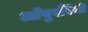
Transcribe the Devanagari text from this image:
आँबुखैरेनी